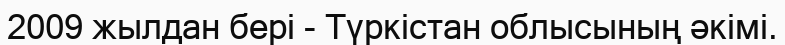
2009 жылдан бері - Түркістан облысының әкімі.